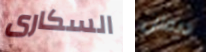
السكارى ديفلن